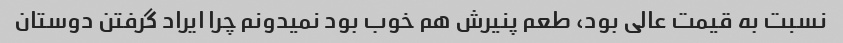
نسبت به قیمت عالی بود، طعم پنیرش هم خوب بود نمیدونم چرا ایراد گرفتن دوستان